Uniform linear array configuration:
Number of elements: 16
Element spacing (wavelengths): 0.5
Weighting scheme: cosine
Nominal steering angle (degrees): -45
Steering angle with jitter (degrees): -45.261
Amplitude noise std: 0.05
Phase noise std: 0.05

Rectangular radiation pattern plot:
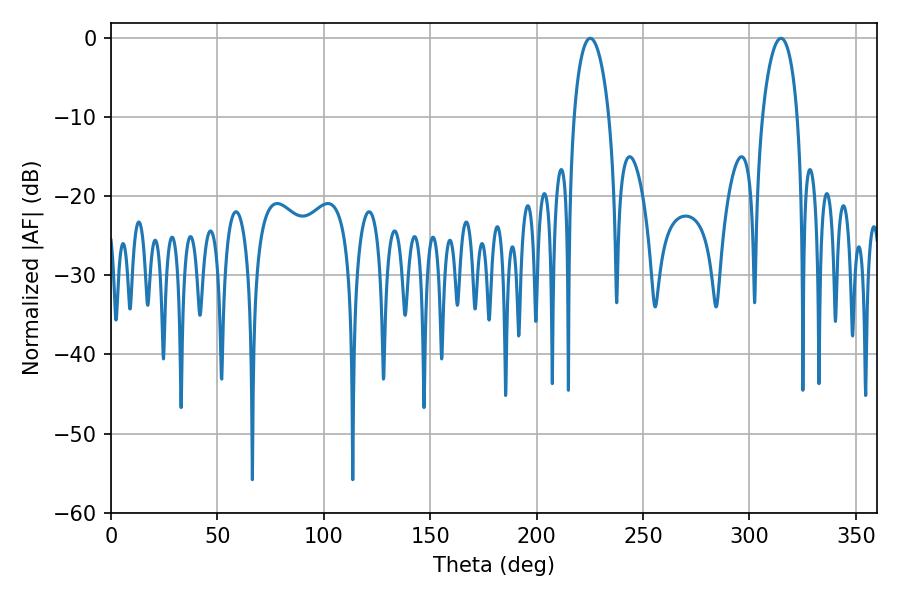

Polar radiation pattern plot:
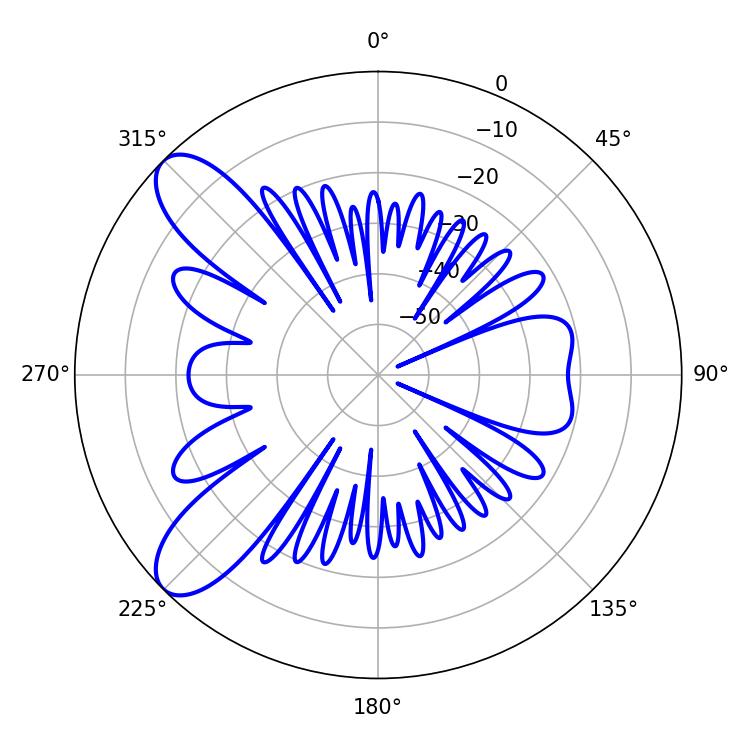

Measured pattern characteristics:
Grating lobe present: FALSE
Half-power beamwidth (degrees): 9.36
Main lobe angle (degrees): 225.18